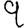
Digit: 9